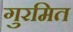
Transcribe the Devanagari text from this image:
गुरमित